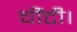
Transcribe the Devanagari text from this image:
चींटी।